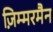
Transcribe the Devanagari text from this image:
ज़िम्मरमैन